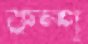
কম্প্